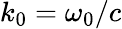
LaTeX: k_{0}=\omega_{0}/c